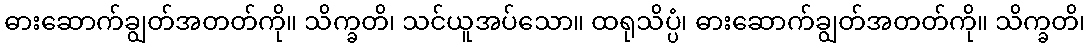
ဓားဆောက်ချွတ်အတတ်ကို။ သိက္ခတိ၊ သင်ယူအပ်သော။ ထရုသိပ္ပံ၊ ဓားဆောက်ချွတ်အတတ်ကို။ သိက္ခတိ၊